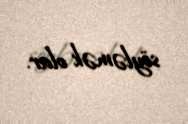
söyləmək olar.